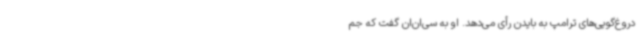
دروغ‌گویی‌های ترامپ به بایدن رأی می‌دهد. او به سی‌ان‌ان گفت که جم